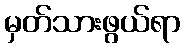
မှတ်သားဖွယ်ရာ